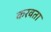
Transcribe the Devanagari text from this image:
करवता